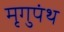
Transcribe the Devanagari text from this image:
मृगुपंथ